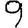
Digit: 9